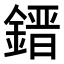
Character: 𨫌